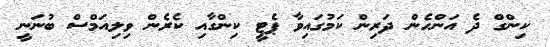
ކިންގް ދެ އަންހެން ދަރިން ކަމުގައިވާ ޕެޓީ ކިންގާއި ކެރެން ވިލިއަމްސް ބުނަނީ